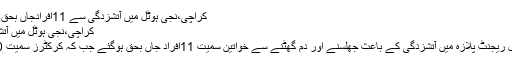
کراچی،نجی ہوٹل میں آتشزدگی سے 11افرادجاں بحق | Jasarat News Urdu
کراچی،نجی ہوٹل میں آتشزدگی سے 11افرادجاں بحق
کراچی کے معروف نجی ہوٹل ریجنٹ پلازہ میں آتشزدگی کے باعث جھلسنے اور دم گھٹنے سے خواتین سمیت 11افراد جاں بحق ہوگئے جب کہ کرکٹرز سمیت 70 سے زائد افراد زخمی ہیں۔